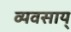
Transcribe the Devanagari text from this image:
व्यवसाय्